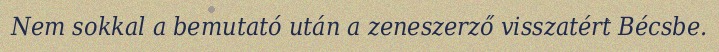
Nem sokkal a bemutató után a zeneszerző visszatért Bécsbe.